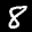
Label: 8